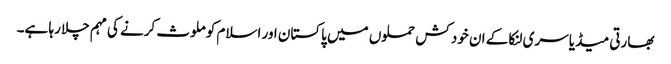
بھارتی میڈیا سری لنکا کے ان خود کش حملوں میں پاکستان اور اسلام کو ملوث کرنے کی مہم چلا رہا ہے۔